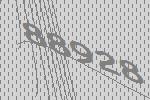
88928